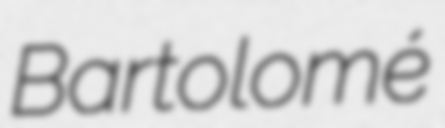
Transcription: Bartolomé